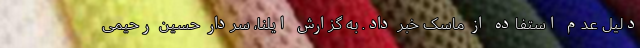
دلیل عدم استفاده از ماسک خبر داد. به گزارش ایلنا، سردار حسین رحیمی